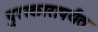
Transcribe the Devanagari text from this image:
पुरस्कारापर्यंत